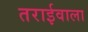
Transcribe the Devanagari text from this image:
तराईवाला